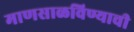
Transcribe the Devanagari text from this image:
माणसाळविण्याची